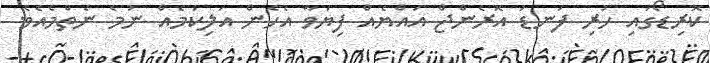
ކޮރިޑޯގައި ހުރި ފަނޑު އޮރެންޖް އައްޔެއް ފިޔަވާ އެހެން އަލިކަމެއް ނުމެ ނެތްމެއެވެ.